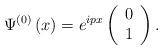
LaTeX: \begin{align*}\Psi ^{\left( 0\right) }\left( x\right) =e^{ipx}\left(\begin{array}{c}0 \\1\end{array}\right) .\end{align*}